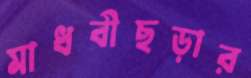
মাধবীছড়ার